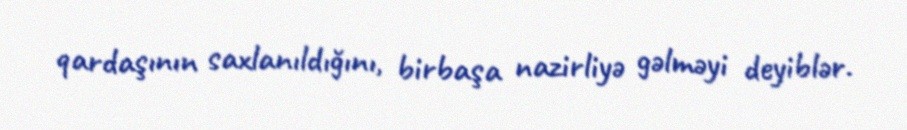
qardaşının saxlanıldığını, birbaşa nazirliyə gəlməyi deyiblər.